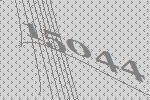
15044